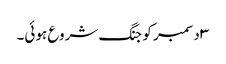
۳ دسمبر کو جنگ شروع ہوئی۔